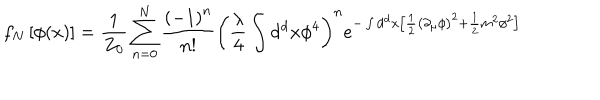
f _ { N } \left[ \phi ( x ) \right] = { \frac { 1 } { Z _ { 0 } } } \sum _ { n = 0 } ^ { N } { \frac { \left( - 1 \right) ^ { n } } { n ! } } \left( { \frac { \lambda } { 4 } } \int \mathrm { d ^ { d } } x \phi ^ { 4 } \right) ^ { n } e ^ { - \int \mathrm { d ^ { d } } x \left[ { \frac { 1 } { 2 } } \left( \partial _ { \mu } \phi \right) ^ { 2 } + { \frac { 1 } { 2 } } m ^ { 2 } \phi ^ { 2 } \right] }